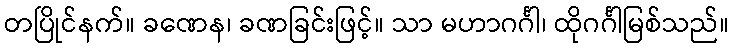
တပြိုင်နက်။ ခဏေန၊ ခဏခြင်းဖြင့်။ သာ မဟာဂင်္ဂါ၊ ထိုဂင်္ဂါမြစ်သည်။